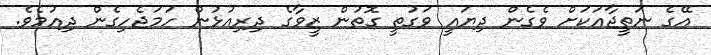
އޭގެ ނަތީޖާއަކަށް ވެގެން ދިޔައީ ވަގުތީ ގޮތުން ޒީވާގެ ދިރިއުޅުން ހަމަޖެހިގެން ދިއުމެވެ.